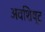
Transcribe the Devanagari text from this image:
अवशिष्‍ट